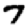
Digit: 7